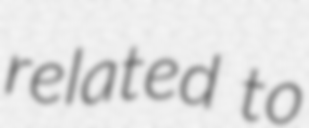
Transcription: related to